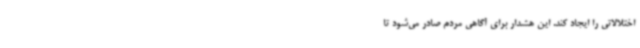
اختلالاتی را ایجاد کند. این هشدار برای آگاهی مردم صادر می‌شود تا